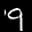
Label: 9